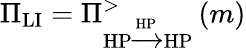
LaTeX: \Pi_{\textrm{LI}}=\Pi_{\textrm{HP}\xrightarrow{\textrm{HP}}\textrm{HP}}^{>}\left(m\right)